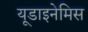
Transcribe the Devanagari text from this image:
यूडाइनेमिस